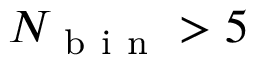
N _ { \mathrm { ~ b ~ i ~ n ~ } } > 5